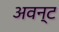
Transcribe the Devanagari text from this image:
अवन्ट